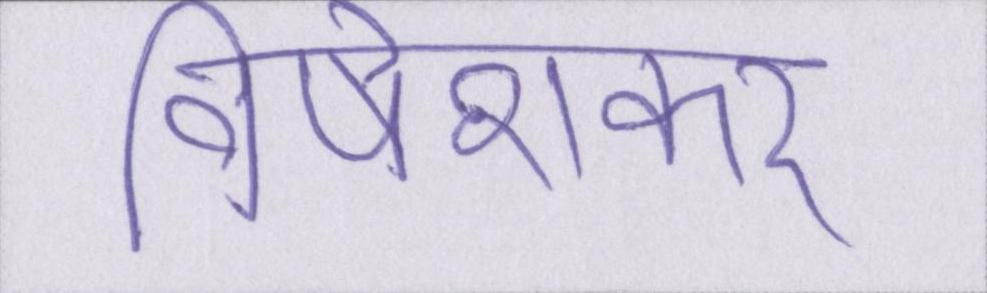
विषेशकर